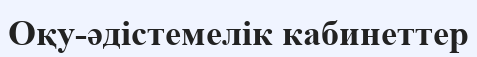
Оқу-әдістемелік кабинеттер